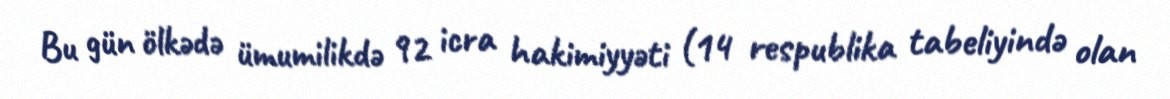
Bu gün ölkədə ümumilikdə 92 icra hakimiyyəti (14 respublika tabeliyində olan